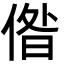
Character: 偺